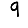
Digit: 9